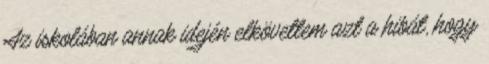
Az iskolában annak idején elkövettem azt a hibát, hogy